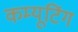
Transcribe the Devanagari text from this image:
कम्यूटिंग